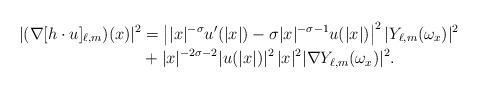
LaTeX: \begin{align*} |(\nabla [h \cdot u]_{\ell,m})(x)|^2 & = \left||x|^{-\sigma}u'(|x|)-\sigma|x|^{-\sigma-1}u(|x|)\right|^2|Y_{\ell,m}(\omega_x)|^2 \\ & + |x|^{-2\sigma-2}|u(|x|)|^2\, |x|^2|\nabla Y_{\ell,m}(\omega_x)|^2. \end{align*}